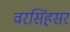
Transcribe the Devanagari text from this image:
वरसिंहसर